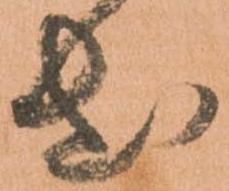
出